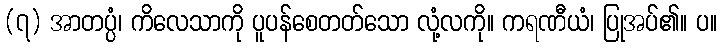
(၇) အာတပ္ပံ၊ ကိလေသာကို ပူပန်စေတတ်သော လုံ့လကို။ ကရဏီယံ၊ ပြုအပ်၏။ ပ။